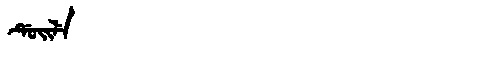
Manchu: ᡩᡠᡳᠯᡝ
Romanization: DUILE